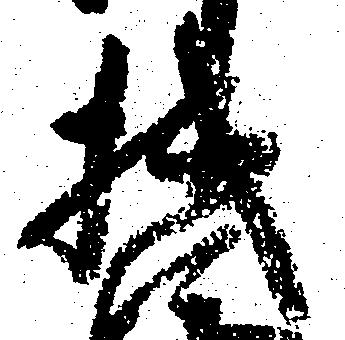
機